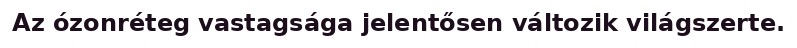
Az ózonréteg vastagsága jelentősen változik világszerte.